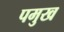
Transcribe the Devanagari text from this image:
पमुख